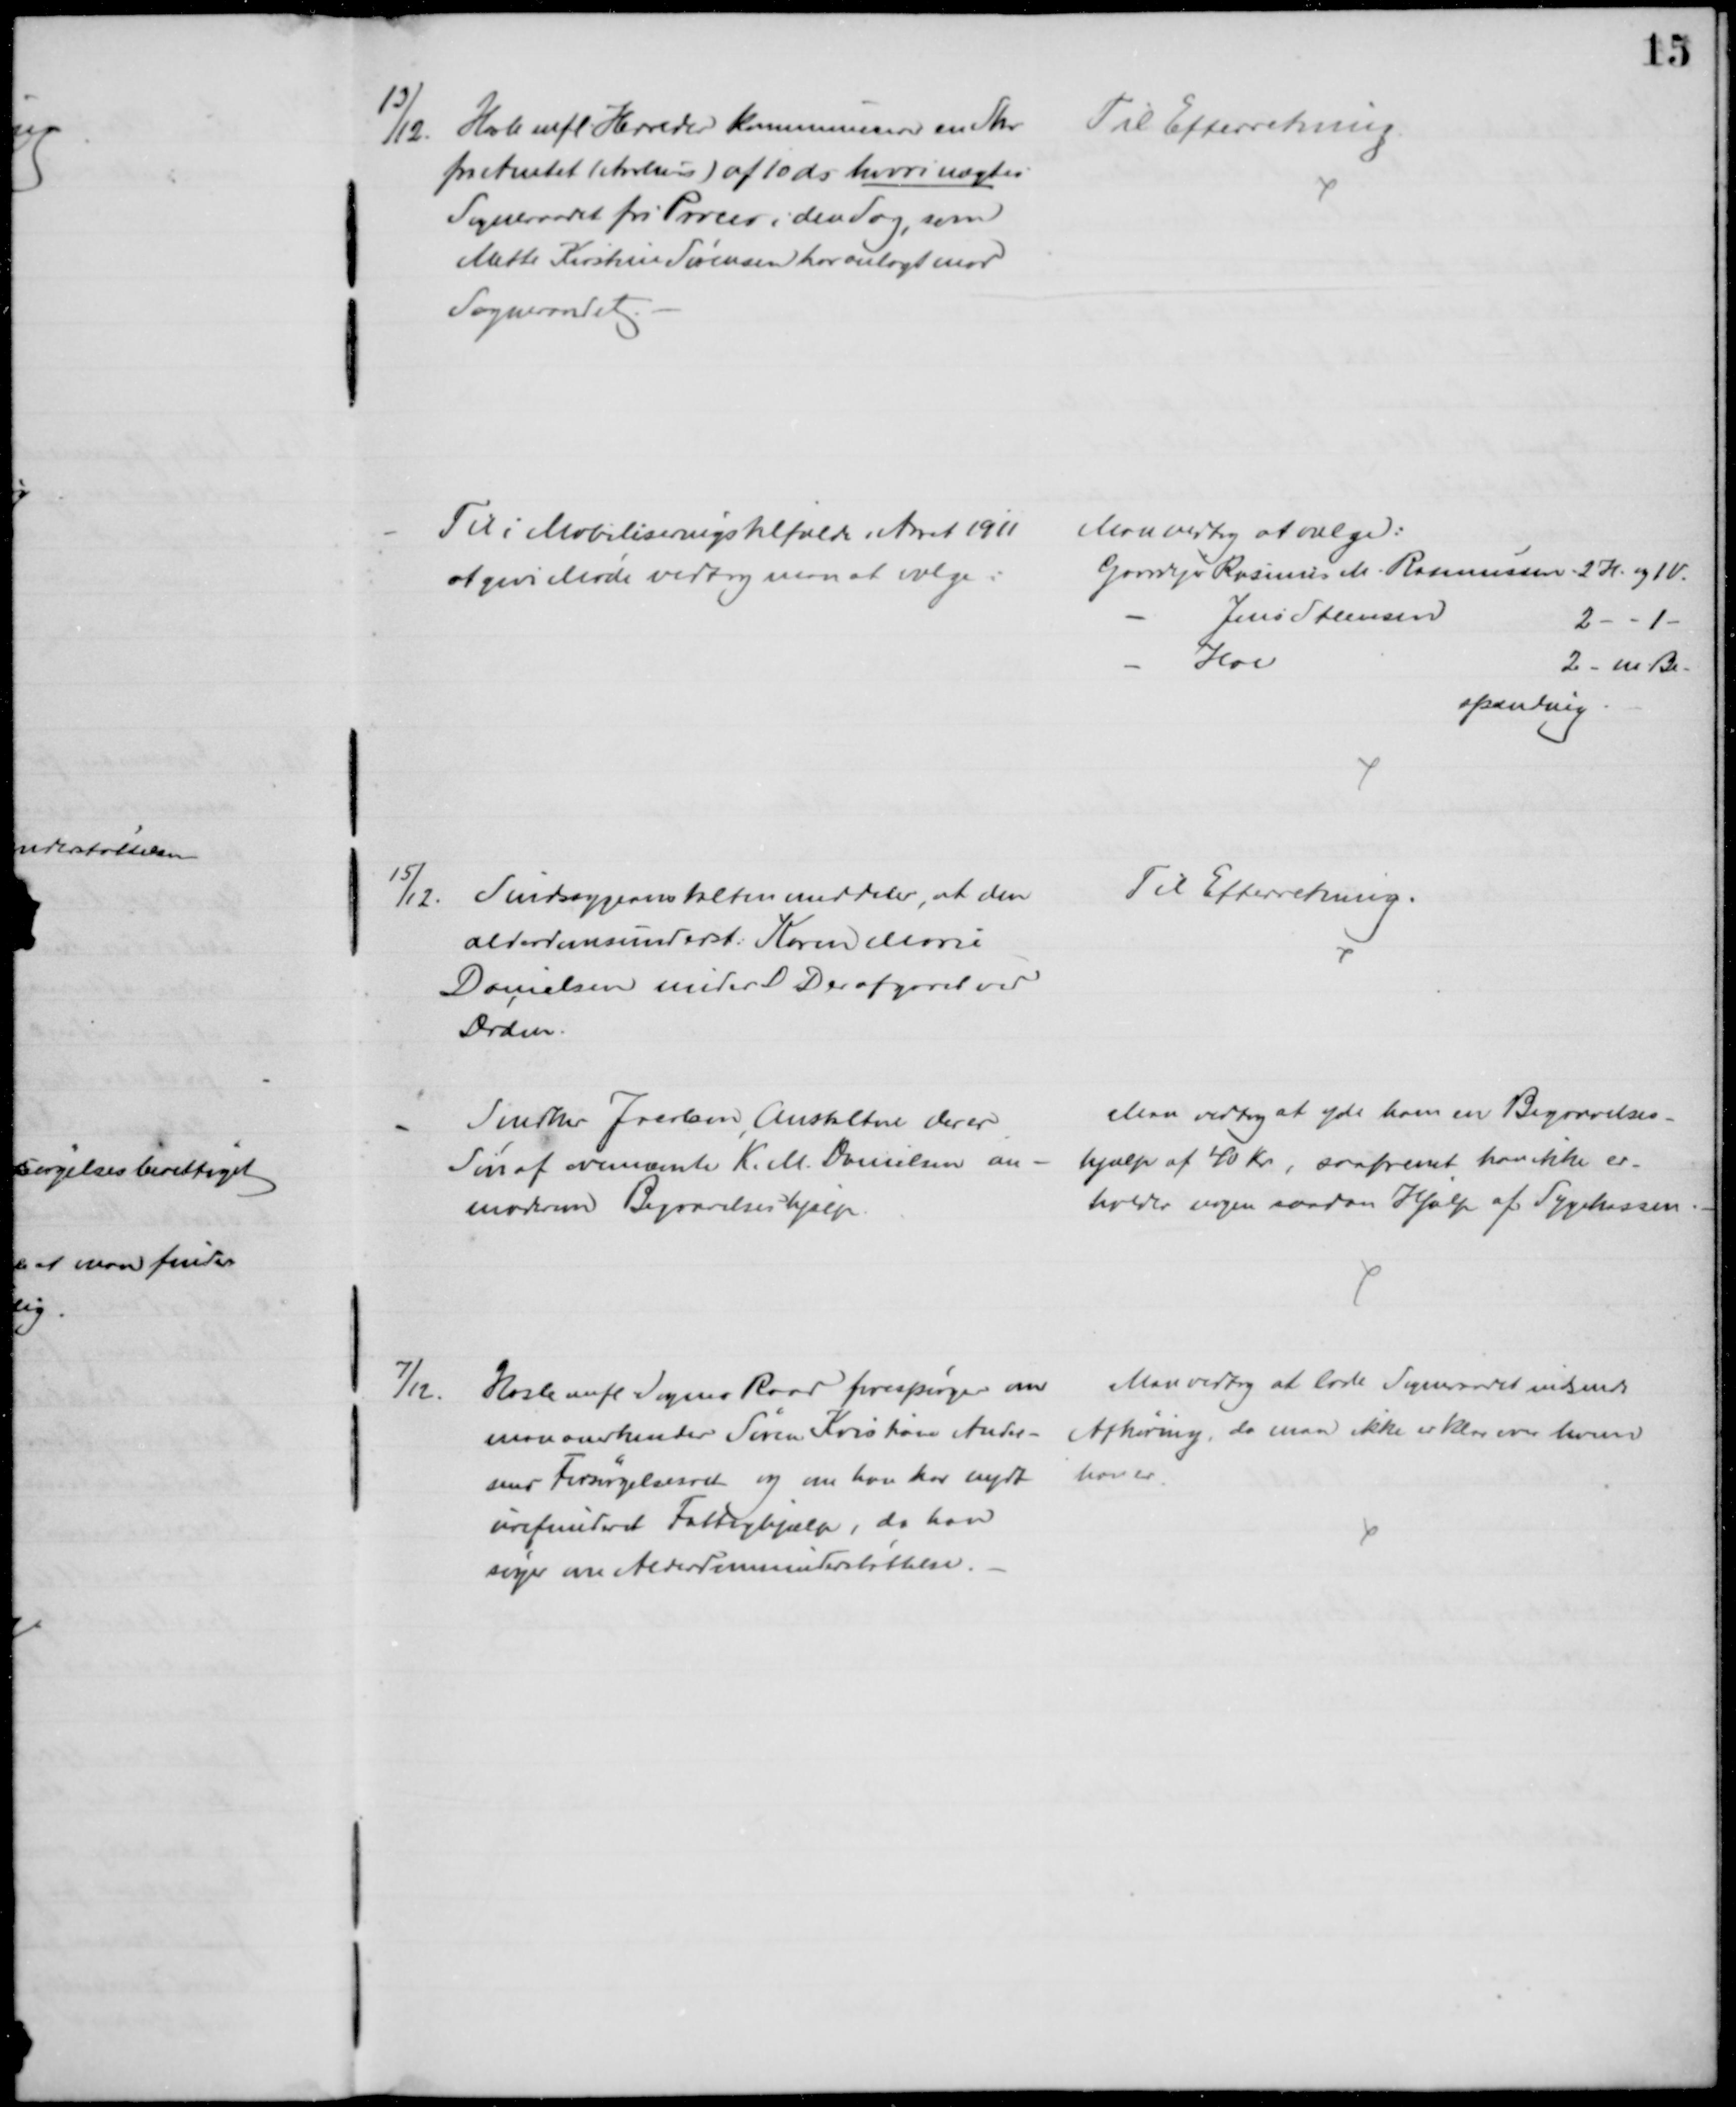
Transskription:
13/12.
Hasle mfl. Herreder kommunicerer en Skr
fra Amtet (Aarhus) af 10 ds. hvori nægtes
Sogneraadet fri Proces i den Sag, som
Mette Kirstine Sørensen har anlagt mod
Sogneraadet.
Til Efterretning
Til i Mobiliseringstilfælde i Aaret 1911
at give Møde vedtog man at vælge:
Man vedtog at vælge:
Gaardejer Rasmus M. Rasmussen 2 H. og 1V.
Jens Sørensen
2 - - 1 -
Hoe
2- m Be-
spænding
15/12. Sindssygeanstalten meddeler, at den
alderdomsunderst: Karen Marie
Danielsen under D D er afgaaet ved
Døden.
Til Efterretning.
Snedker Jacobsen, Anstalten der er
Søn af ovennævnte K. M. Danielsen an-
moder om Begravelseshjælp.
Man vedtog at yde ham en Begravelses-
hjælp af 40 Kr., saafremt han ikke er-
holder nogen saadan Hjælp af Sygekassen
7/12.
Hasle mfl Sognes Raad forespørger om
man anerkender Søren Kristian Ander-
sens Forsørgelsesret og om han har nydt
urefunderet Fattighjælp, da han
søger om Alderdomsunderstøttelse.
Man vedtog at lade Sogneraadet indsende
Afhøring, da man ikke er klar over hvem
han er